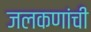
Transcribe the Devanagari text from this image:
जलकणांची